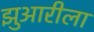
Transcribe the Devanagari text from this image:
झुआरीला